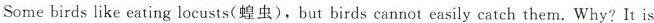
Some birds like eating locusts(蝗虫),but birds cannot easily catch them. Why? It is